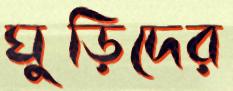
ঘুড়িদের